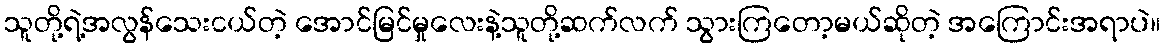
သူတို့ရဲ့အလွန်သေးငယ်တဲ့ အောင်မြင်မှုလေးနဲ့သူတို့ဆက်လက် သွားကြတော့မယ်ဆိုတဲ့ အကြောင်းအရာပဲ။